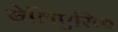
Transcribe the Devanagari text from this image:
बेलिएरिक